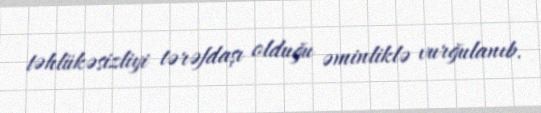
təhlükəsizliyi tərəfdaşı olduğu əminliklə vurğulanıb.